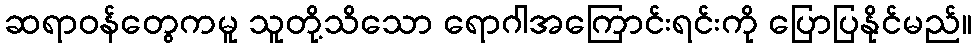
ဆရာဝန်တွေကမူ သူတို့သိသော ရောဂါအကြောင်းရင်းကို ပြောပြနိုင်မည်။